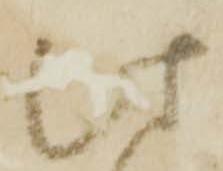
此